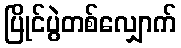
ပြိုင်ပွဲတစ်လျှောက်